system: You are a helpful assistant.
user:
Analyze the provided spectrum to determine if it is a **S-type Star**.

- **Key Indicators for S-type Star:**

    - **(Overall Spectrum Shape):** The first and most obvious characteristic is the overall continuum (the "baseline" shape). It is **extremely "red-sloping,"** meaning the flux (light intensity) is very low on the left side (blue, ~4000-4500 Å) and rises steeply and continuously toward the right side (red, ~7000 Å+).

    - **(Primary):** The spectrum is defined by the presence of strong, broad molecular absorption "valleys" (bands) from **Zirconium Oxide (ZrO)**. The identification of these bands is the **primary requirement** for classifying a star as S-type.
        - **(Key Bandheads):** You must find distinct, deep "dips" where the light has been absorbed. The most critical band systems to locate are:
            - **~6474 Å** ($\gamma$-system): This is often the strongest and clearest ZrO feature, found in the red part of the spectrum.
            - **~5718 Å** & **~5551 Å** ($\beta$-system): A pair of prominent absorption features in the yellow-orange part of the spectrum.
            - **~4640 Å** ($\alpha$-system): A key absorption band system in the blue-green region of the spectrum.

    - **(Secondary Confirmation):** The classification is strengthened by finding additional absorption bands from other related heavy element oxides, which are expected to be present alongside ZrO.
        - **(Key Bandheads):**
            - **Yttrium Oxide (YO):** Look for absorption dips near **~4800 Å** and **~6100 Å**.
            - **Lanthanum Oxide (LaO):** Additional absorption features, particularly in the red-orange part of the spectrum, are also characteristic.

    - **(Line Profile):** The combination of the steep red continuum and these numerous, deep molecular bands (ZrO, YO, etc.) gives the entire spectrum a very **"chopped-up"** or **"bumpy"** appearance. Instead of a smooth curve, the spectrum looks as though large, wide chunks of light have been "carved out" of it at the specific wavelengths listed above.

Think first, call **spectral_visualization_tool** if needed to examine features in detail, then provide your final answer. Your response must adhere to the following strict rules:
1.  **Overall Structure:** Your response must follow the format `<think>...</think> <tool_call>...</tool_call> (if a tool is used) <answer>...</answer>`.
2.  **Tool Usage Constraint:** You may only make **one** tool call per turn.
3.  **Final Answer Format:** In the `<answer>` tag, your conclusion must be inside a `\boxed{}` command (e.g., `\boxed{YES}` or `\boxed{NO}`), followed by your justification.

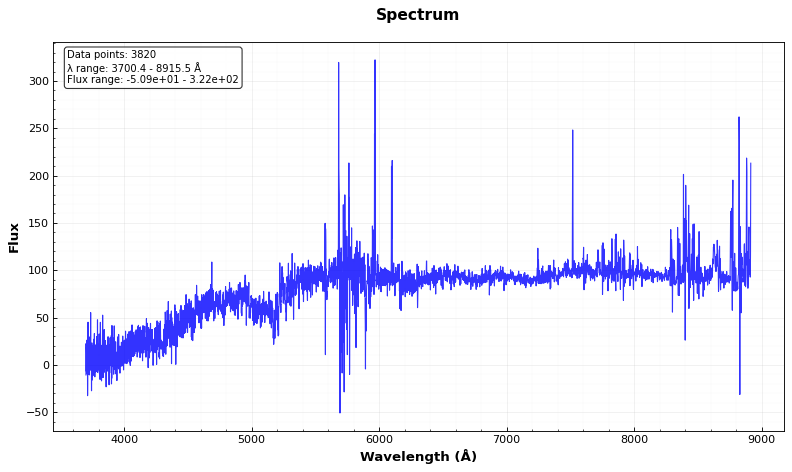
Answer: NO